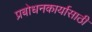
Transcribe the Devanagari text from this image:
प्रबोधनकार्यासाठी